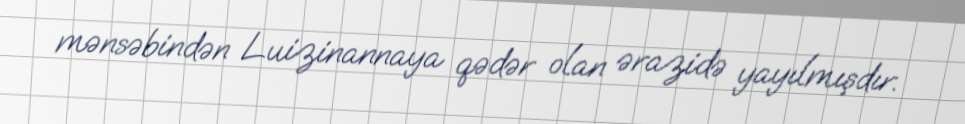
mənsəbindən Luizinannaya qədər olan ərazidə yayılmışdır.